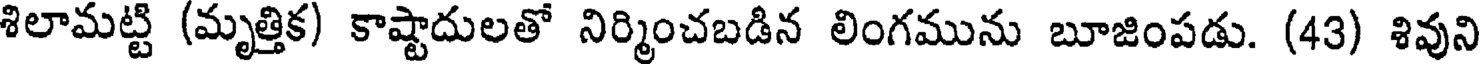
శిలామట్టి (మృత్తిక) కాష్టాదులతో నిర్మించబడిన లింగమును బూజింపడు. (43) శివుని